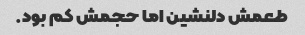
طعمش دلنشین اما حجمش کم بود.